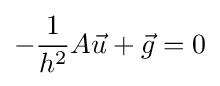
-{\frac {1}{h^{2}}}A{\vec {u}}+{\vec {g}}=0